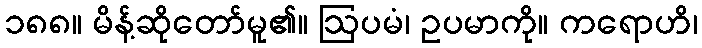
၁၈၈။ မိန့်ဆိုတော်မူ၏။ ဩပမံ၊ ဥပမာကို။ ကရောဟိ၊